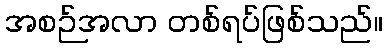
အစဉ်အလာ တစ်ရပ်ဖြစ်သည်။